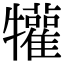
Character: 𤜍